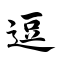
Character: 逗